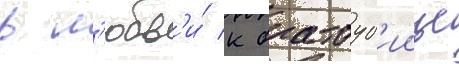
в л'юбв'и́ к братоуб'иице